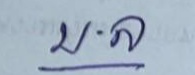
บ . ล